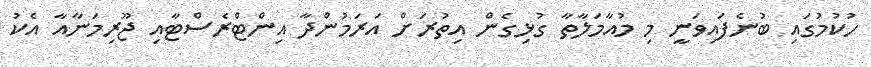
ހުކުމުގައި ބުނެފައިވަނީ މި މުއާމަލާތާ ގުޅިގެން އިތުރަށް އަރަމުންދާ އިންޓްރެސްޓާއި ޖޫރިމަނާއާ އެކު